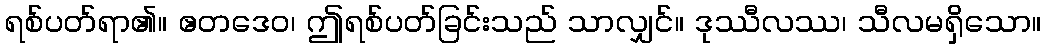
ရစ်ပတ်ရာ၏။ ဧတဒေဝ၊ ဤရစ်ပတ်ခြင်းသည် သာလျှင်။ ဒုဿီလဿ၊ သီလမရှိသော။